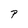
Character: P